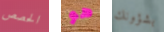
الحصص هو بشؤونك